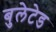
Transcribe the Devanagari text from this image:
बुलेटेड